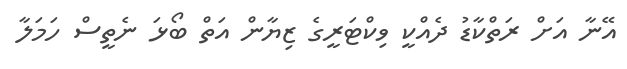
އޭނާ އަށް ރަތްކާޑު ދެއްކީ ވިކްޓަރީގެ ޒިޔާން އަތް ބޯޅަ ނެތީސް ހަމަލާ